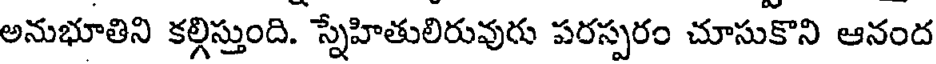
అనుభూతిని కల్గిస్తుంది. స్నేహితులిరువురు పరస్పరం చూసుకొని ఆనంద